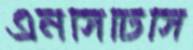
এনসিটিসি